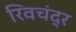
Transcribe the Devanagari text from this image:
रिवचंद्र